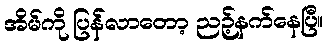
အိမ်ကို ပြန်လာတော့ ညဉ့်နက်နေပြီ။